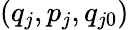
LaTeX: (q_{j},p_{j},q_{j0})